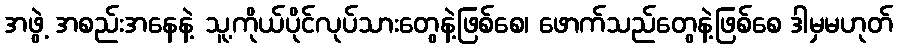
အဖွဲ့ အစည်းအနေနဲ့ သူ့ကိုယ်ပိုင်လုပ်သားတွေနဲ့ဖြစ်စေ၊ ဖောက်သည်တွေနဲ့ဖြစ်စေ ဒါမှမဟုတ်